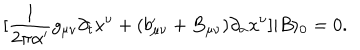
[ \frac { 1 } { 2 \pi \alpha ^ { \prime } } g _ { \mu \nu } \partial _ { t } x ^ { \nu } + ( b _ { \mu \nu } ^ { \prime } + B _ { \mu \nu } ) \partial _ { \sigma } x ^ { \nu } ] | B \rangle _ { 0 } = 0 .